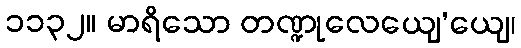
၁၁၃၂။ မာရိသော တဏ္ဍုလေယျေ’ယျေ၊